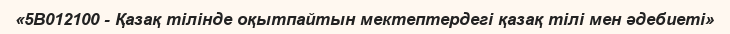
«5В012100 - Қазақ тілінде оқытпайтын мектептердегі қазақ тілі мен әдебиеті»